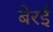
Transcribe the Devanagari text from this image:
बेरई